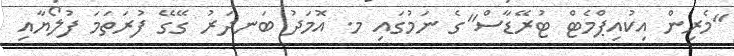
"މެރިން އިކުއިޕްމެޓް ޓުރޭޑާސް"ގެ ނަމުގައި މ. އޮމަދު ބަނދަރު ގޭގޭ ފުރަތަމަ ފުލޯޔާއި